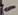
Text: -